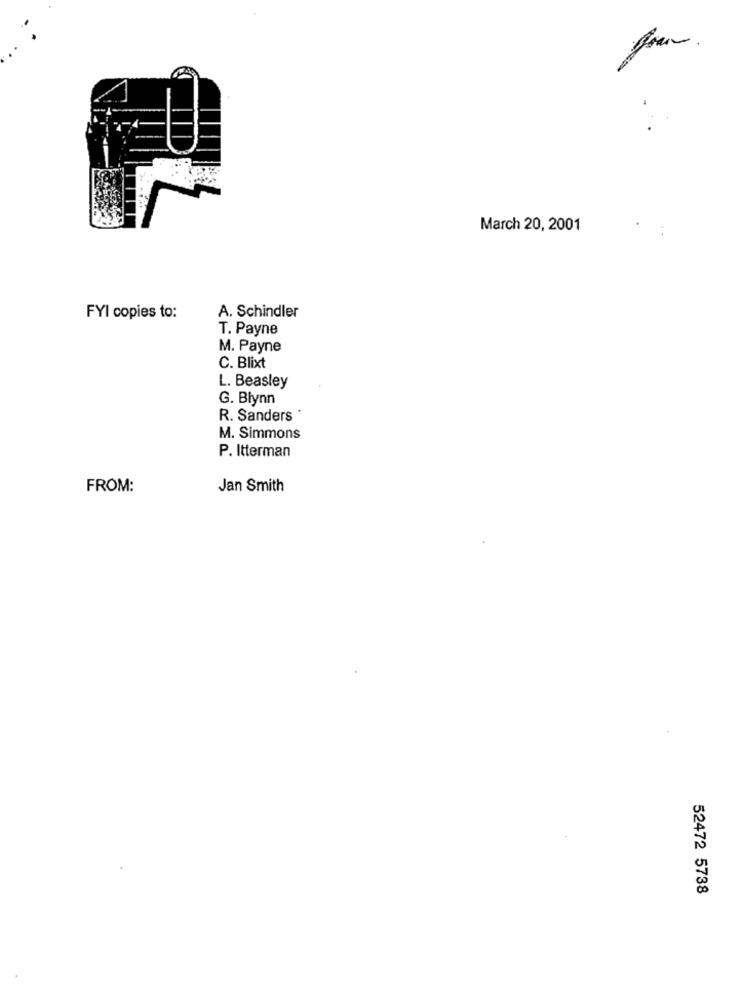
March 20, 2001
FYI copies to:
A. Schindler
T. Payne
M. Payne
C. Blixt
L. Beasley
G. Blynn
R. Sanders
M. Simmons
P. Itterman
FROM:
Jan Smith
52472 5738